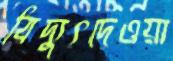
বিদ্যুৎদেওয়া